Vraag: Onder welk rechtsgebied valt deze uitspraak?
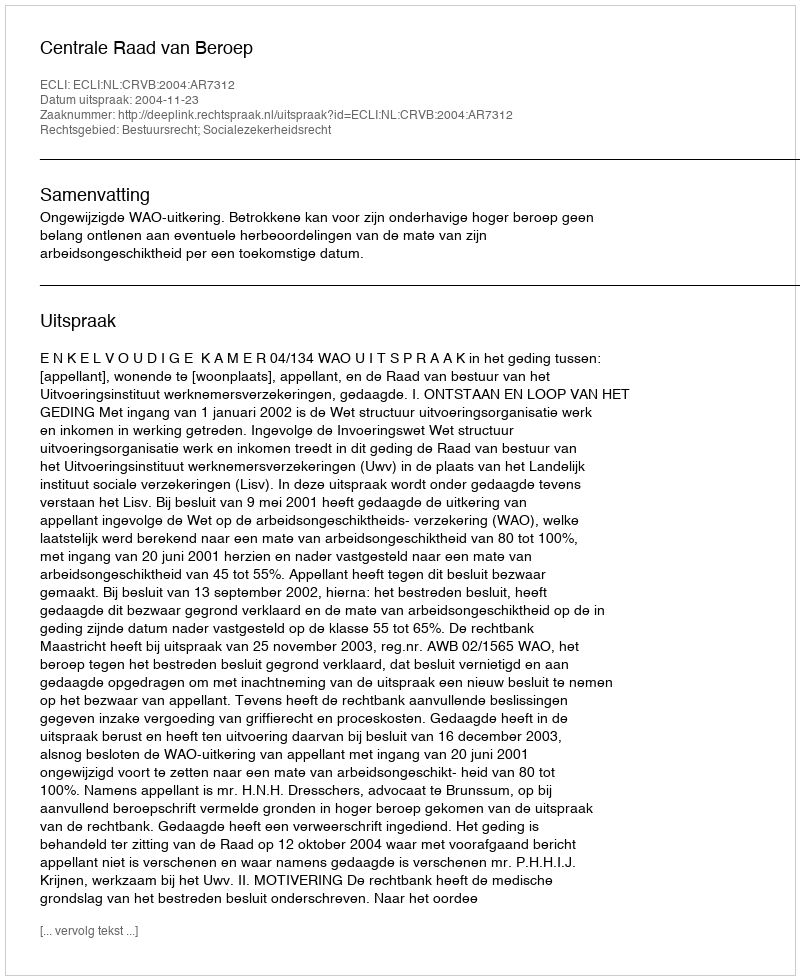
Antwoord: Bestuursrecht; Socialezekerheidsrecht